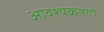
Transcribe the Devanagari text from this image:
आवश्यकताऐ